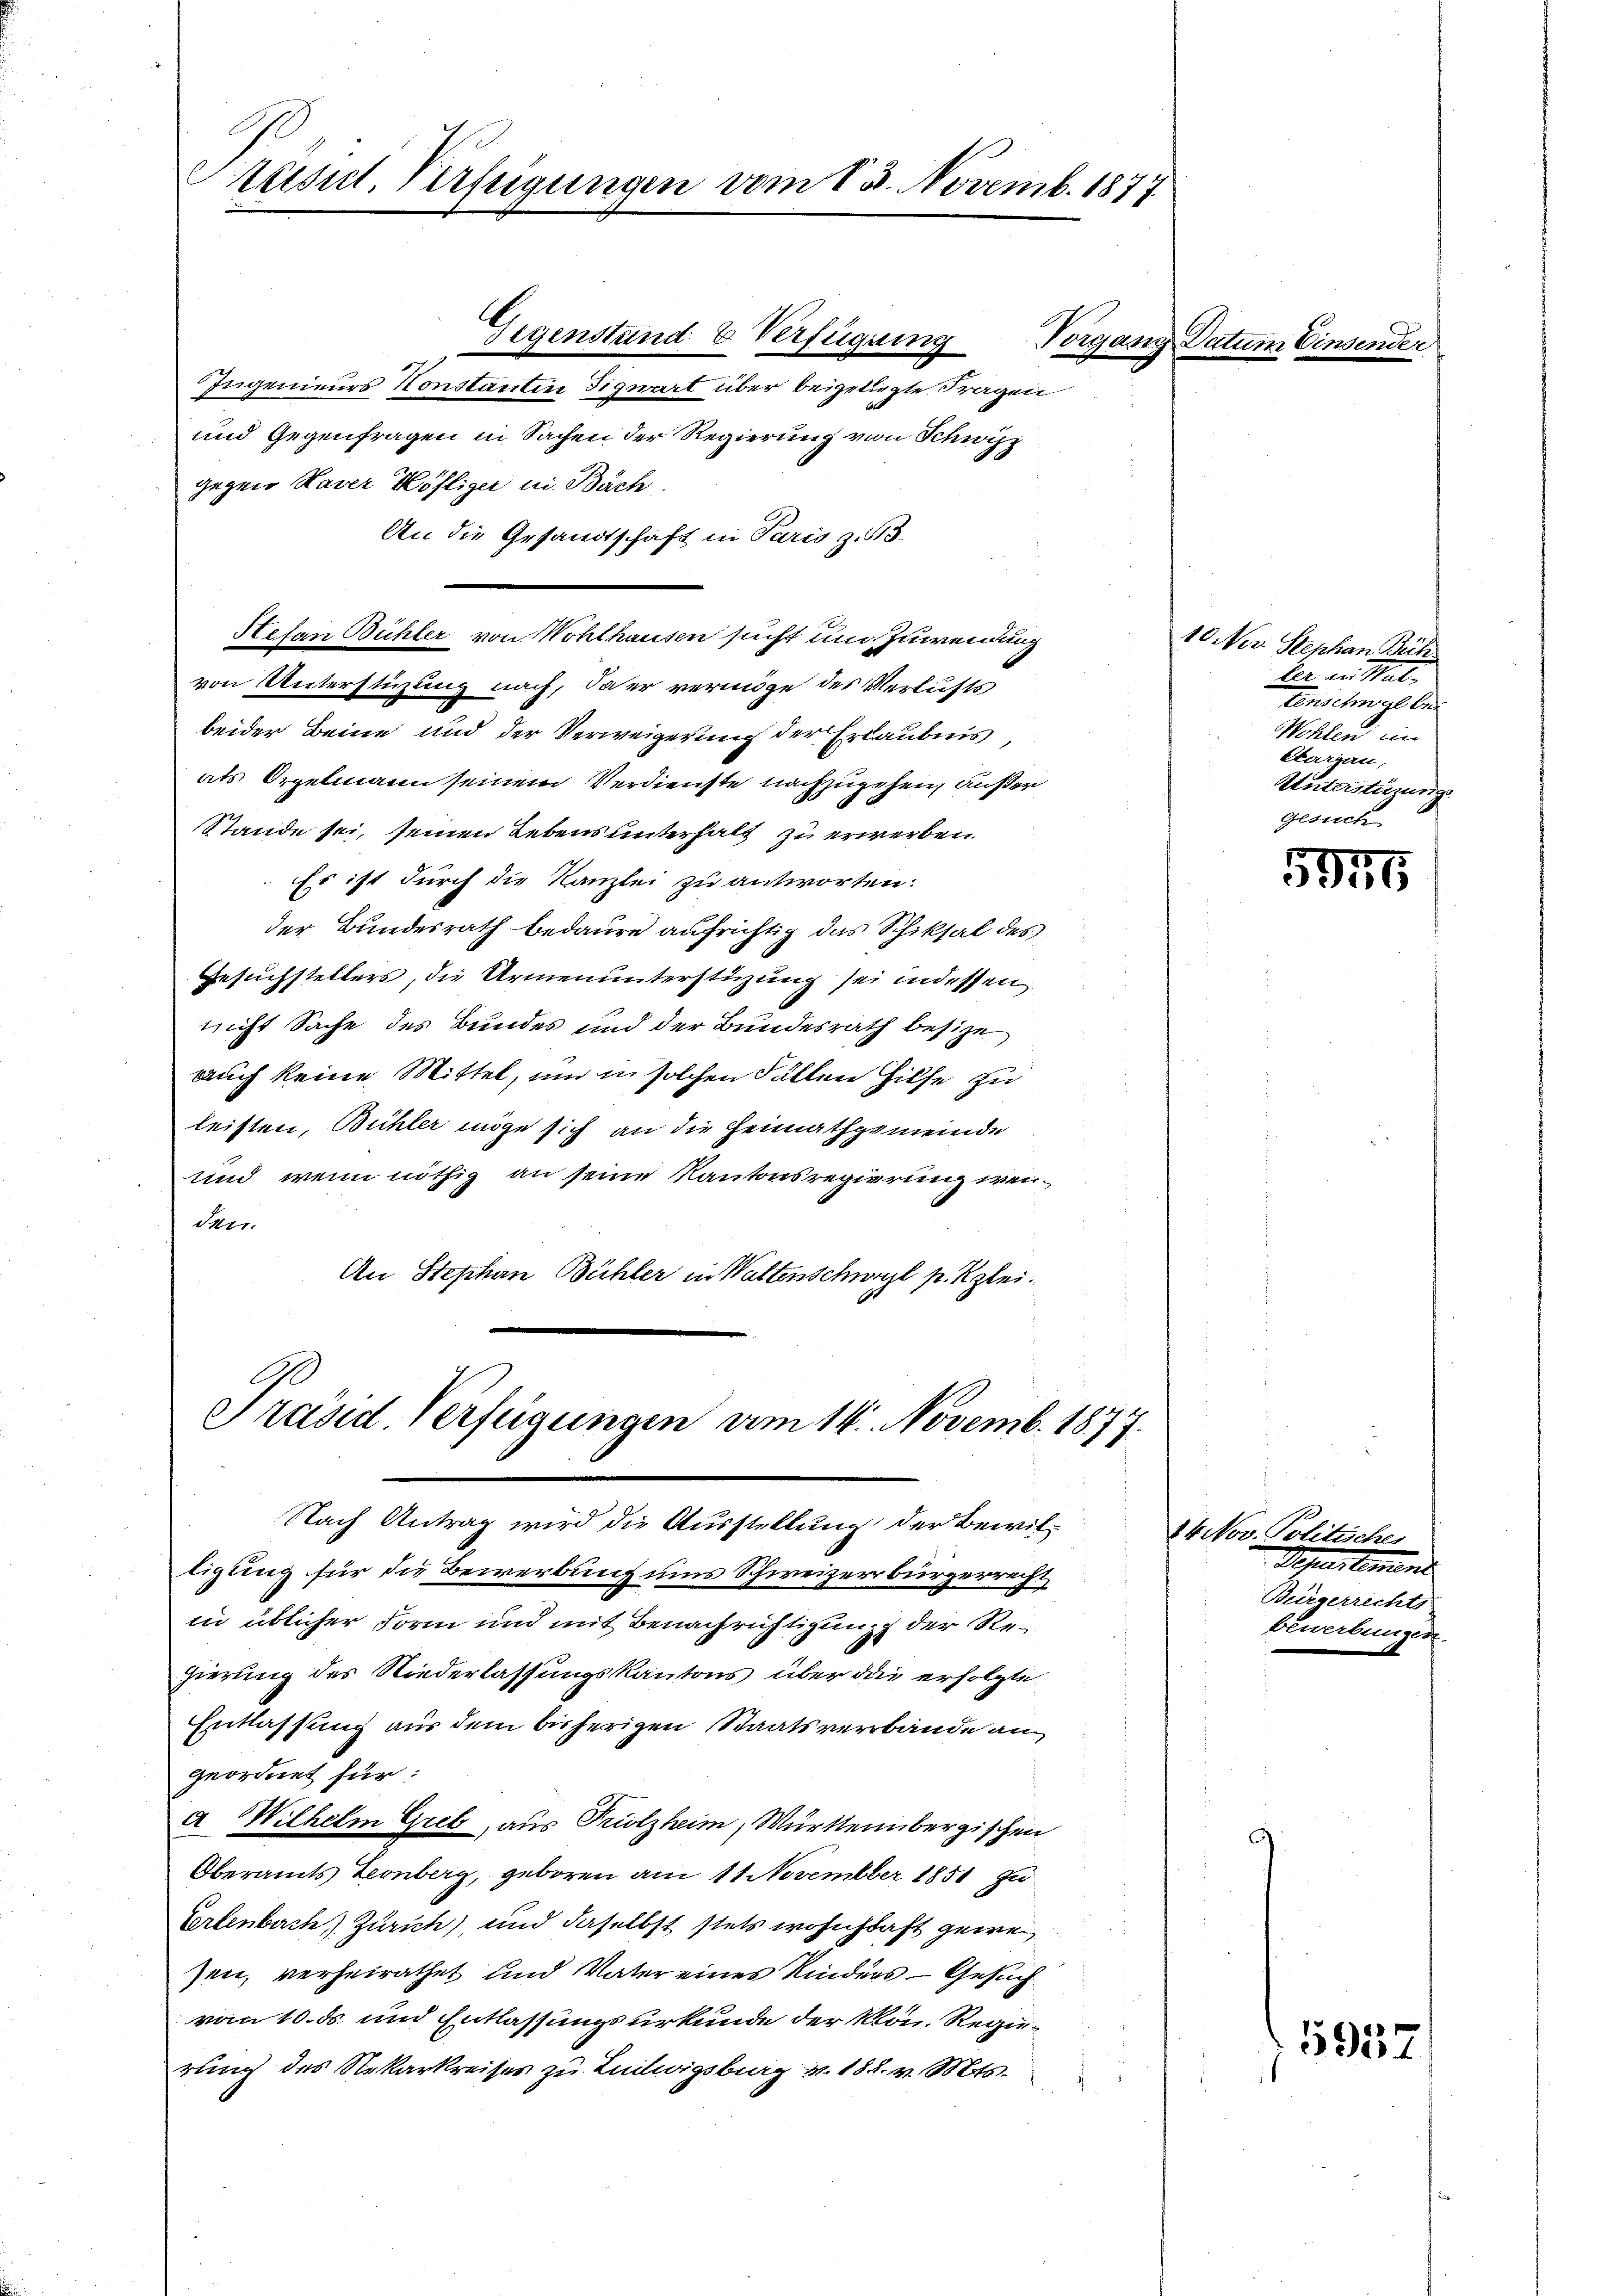
Gegenstand & Verfügung
Ingenieurs Konstanten Figwart über beigeliegte Fragen
und Gegenfragen in Sachen der Regierung von Schwyz
gegen Kaver Köfliger u. Bäch
An die Gesandtschaft in Paris z. 113.
Hefan Bühler von Wohlhausen sucht und Zuwendung
von Unterstüzung nach, da er vermöge des Verlusts
beider Beine und der Verweigerung der Erlaubnis,
als Orgelmann seinem Verdienste nachzugehen, außer
Stande sei, seinen Lebens unterhalt zu erwerben
Es ist durch die Kanzlei zu antworten.
der Bundesrath bedaure aufrichtig das Schiksal des
Gesuchstellers, die Armenunterstüzung sei indessen
nicht Sache des Bundes und der Bundesrath besize
auch keine Mittel, und in solchen Fällen Hilfe zu
leisten, Bühler möge sich an die Heimathgemeinde
Und wenn nöthig an seine Kantonsregierung wenden
An Stephan Bühler in Waltenschwazl p. Kzlei.

rusul, Verfügungen vom 15. Novemb. 1877

G
Präsid Verfügungen am 14. Novemb. 1877
Nach Antrag wird die Ausstellung der Bewil¬

ligung für die Bewerbung uns Schweizerbürgerrecht
in üblicher Form und mit Benachrichtigung der Regierung des Niederlassungskantons über die erfolgte
Entlassung aus dem bisherigen Staatsverbände an
geordnet für:
a Wilhelm Greb, aus Triolzheim, Württembergischen
Oberamts Leonberg, geboren am 11 November 1851 zu
Erlenbach Zürich), und daselbst stets wohnhaft gewesen, verheirathet und Vater eines Kinders Gesuch
vom 10. ds. und Entlassungsurkunde der Mon. Regierung des Nekarkreises zu Luilwigsburg v. 182. v. Mts.

Vorgang Datu.

1

10 Nov. Stephan Bich
ker in Stat
tenschwil bei
Wohlen im
Etargau,
Unterstüzung
Glitsch

14 Nov. Politisches
Peper Cement
Bürgerrechts
bewerbungen.

5975

5937